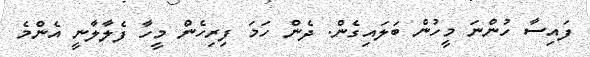
ފައިސާ ހުންނަ މީހުން ބަލައިގެން. ދެން ހަމަ ފިރިހެން މީހާ ފެލާލާނީ އެންމެ